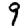
Digit: 9